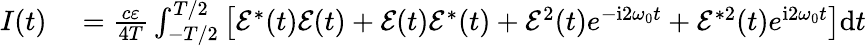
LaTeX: \begin{array}{rl}{I(t)}&{{}=\frac{c\varepsilon}{4T}\int_{-T/2}^{T/2}\left[\mathcal{E}^{*}(t)\mathcal{E}(t)+\mathcal{E}(t)\mathcal{E}^{*}(t)+\mathcal{E}^{2}(t)e^{-\mathrm{{i}}2\omega_{0}t}+\mathcal{E}^{*2}(t)e^{\mathrm{{i}}2\omega_{0}t}\right]\mathrm{{d}}t}\end{array}